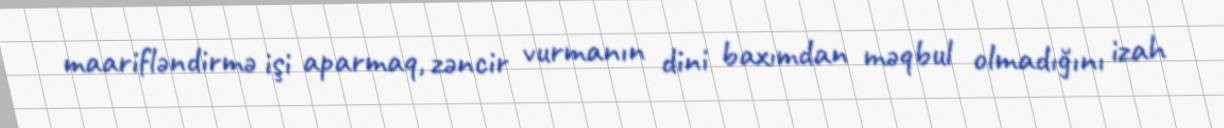
maarifləndirmə işi aparmaq, zəncir vurmanın dini baxımdan məqbul olmadığını izah